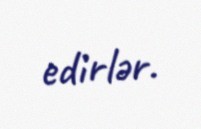
edirlər.